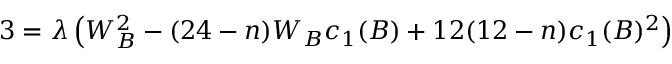
3 = \lambda \left( W _ { B } ^ { 2 } - ( 2 4 - n ) W _ { B } c _ { 1 } ( B ) + 1 2 ( 1 2 - n ) c _ { 1 } ( B ) ^ { 2 } \right)